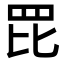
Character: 𦊁